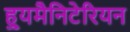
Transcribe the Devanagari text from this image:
ह्युमैनिटेरियन